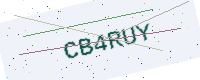
Text: CB4RUY